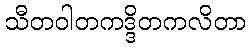
သီတဝါတကဒ္ဒိတကလိတာ